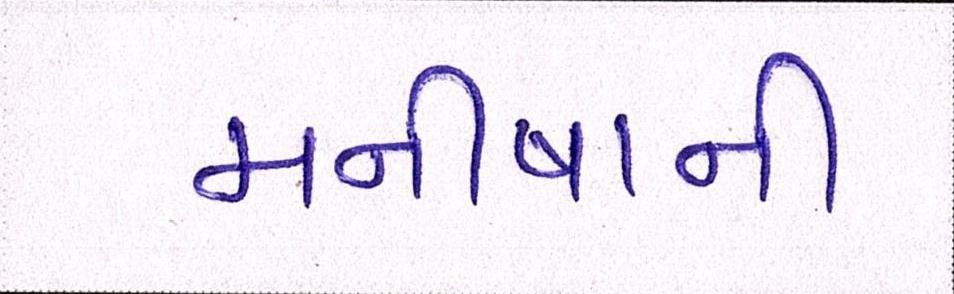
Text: મનીષાની